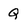
Character: Q